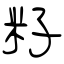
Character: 籽